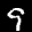
Label: 9